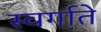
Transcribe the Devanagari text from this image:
स्वर्गाते